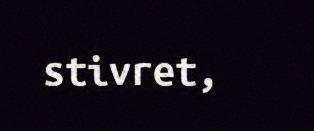
stivret,